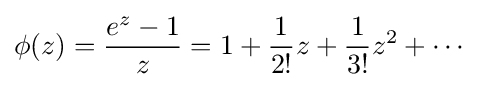
\phi (z)={\frac {e^{z}-1}{z}}=1+{\frac {1}{2!}}z+{\frac {1}{3!}}z^{2}+\cdots